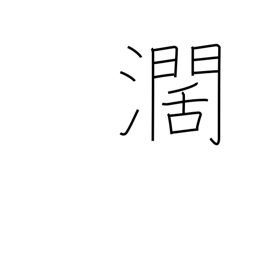
Meaning: wide